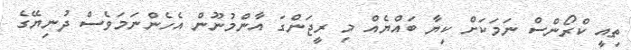
ތިއީ ކްރޯންސް ނަމަކަށް ކިޔާ ބައްޔެއް މި ރީޖަންގަ އާންމުނޫން އެހެންނަމަވެސް ދުނިޔޭގެ